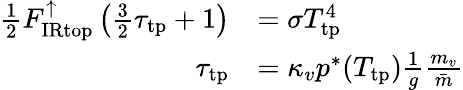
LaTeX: {\begin{array}{rl}{{\frac{1}{2}}F_{\mathrm{IRtop}}^{\uparrow}\left({\frac{3}{2}}\tau_{\mathrm{tp}}+1\right)}&{=\sigma T_{\mathrm{tp}}^{4}}\\ {\tau_{\mathrm{tp}}}&{=\kappa_{v}p^{*}(T_{\mathrm{tp}}){\frac{1}{g}}{\frac{m_{v}}{\bar{m}}}}\end{array}}